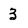
Character: 3